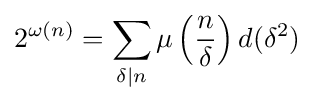
2^{\omega (n)}=\sum _{\delta \mid n}\mu \left({\frac {n}{\delta }}\right)d(\delta ^{2})